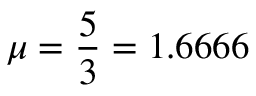
\mu = \frac { 5 } { 3 } = 1 . 6 6 6 6